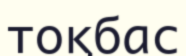
тоқбас